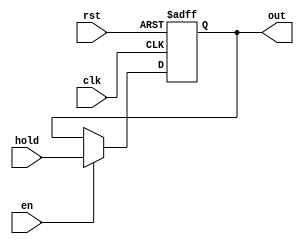
`timescale 1ns / 1ps
//////////////////////////////////////////////////////////////////////////////////
// Company: 
// Engineer: 
// 
// Design Name: 
// Module Name: fourdreg
// Project Name: 
// Target Devices: 
// Tool Versions: 
// Description: 
// 
// Dependencies: 
// 
// Revision:
// Revision 0.01 - File Created
// Additional Comments:
// 
//////////////////////////////////////////////////////////////////////////////////


module fourdreg(
	input clk, en, rst,
	input [3:0] hold,
	output reg [3:0] out

    );

always@(posedge clk, posedge rst) begin
	if(rst) begin
		out<=4'b0000;
	end else
	if(en) begin
		out<=hold;
	end else 
	out<=out;
end
endmodule